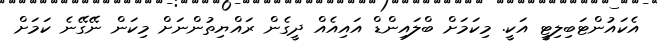
އެކައުންޓަބިލިޓީ އަކީ. މިކަމަށް ބްލައިންޑް އައިއެއް ދީގެން ރައްޔިތުންނަށް މިކަން ނޭގޭނެ ކަމަށް